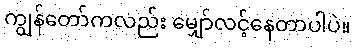
ကျွန်တော်ကလည်း မျှော်လင့်နေတာပါပဲ။